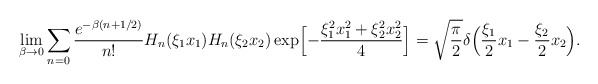
\begin{align*}\lim_{\beta\to 0} \sum_{n=0} \frac{e^{-\beta(n+1/2)}}{n!}H_{n}(\xi_{1}x_{1})H_{n}(\xi_{2}x_{2}) \exp\Bigl[-\frac{\xi_{1}^{2}x_{1}^{2}+\xi_{2}^{2}x_{2}^{2}}{4}\Bigr]=\sqrt{\frac{\pi}{2}}\delta\Bigl(\frac{\xi_{1}}{2}x_{1}-\frac{\xi_{2}}{2}x_{2}\Bigr).\end{align*}